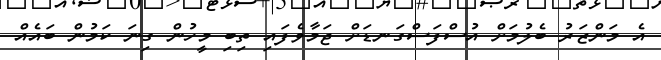
އެ މަންޒަރު ބެލުމަށް އުސްފަސްގަނޑަށް ޖަމާވެފައި ތިބި މީހުން ގިނަ ކަމުން ބައެއް